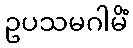
ဥပသမဂါမိံ